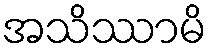
အသိဿာမိ